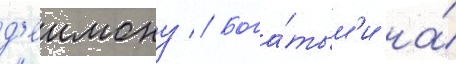
д'еимону // Бога́тым'и на́